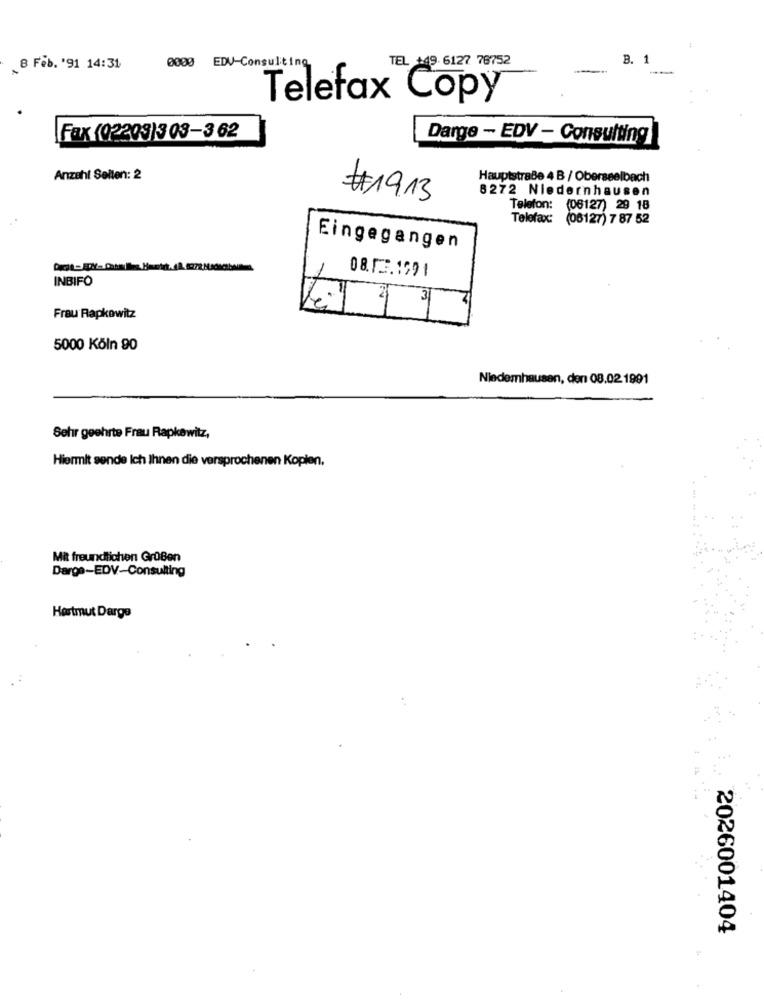
0000 EDV-Consulting
TEL +49. 6127 78752
B. 1
8 Feb. '91 14:31
--
Telefax Copy
Fax (02203)3 03-3 62
Darge - EDV - Consulting
Anzahl Selten: 2
Hauptstraße 4 B / Oberseelbach
8272 Niedernhausen
#1913
Telefon: (06127) 29 18
Telefax:
(06127) 7 87 52
Eingegangen
08.FE.1991
INBIFO
teit
Frau Rapkowitz
5000 Köln 90
Niedemhausen, den 08.02.1991
Sehr geehrte Frau Rapkewitz,
Hiermit sende Ich Ihnen die versprochenen Kopien.
Mit freundlichen GrüBen
Darge-EDV-Consulting
Hartmut Darge
2026001404